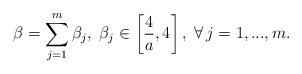
LaTeX: \begin{align*}\beta = \sum_{j=1}^{m} \beta_{j}, \; \beta_j \in \left[ \frac{4}{a}, 4 \right], \; \forall \, j=1,...,m.\end{align*}